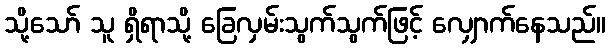
သို့သော် သူ ရှိရာသို့ ခြေလှမ်းသွက်သွက်ဖြင့် လျှောက်နေသည်။